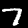
Digit: 7